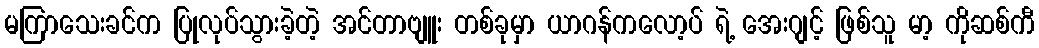
မကြာသေးခင်က ပြုလုပ်သွားခဲ့တဲ့ အင်တာဗျူး တစ်ခုမှာ ယာဂန်ကလော့ပ် ရဲ့ အေးဂျင့် ဖြစ်သူ မာ့ ကိုဆစ်ကီ